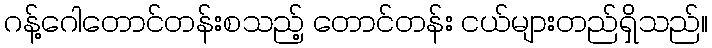
ဂန့်ဂေါတောင်တန်းစသည့် တောင်တန်း ငယ်များတည်ရှိသည်။